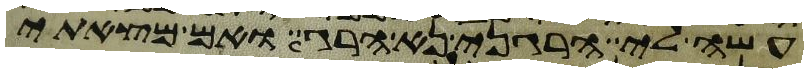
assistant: עשה לי הרגני נא הרג ואם מצאתי